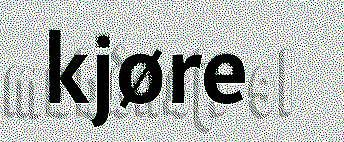
kjøre